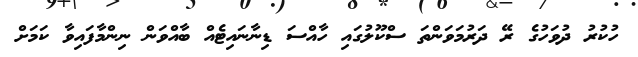
ހުކުރު ދުވަހުގެ ރޭ ދަރުމަވަންތަ ސްކޫލުގައި ހާއްސަ ޑިނާނައިޓެއް ބާއްވަން ނިންމާފައިވާ ކަމަށް